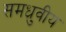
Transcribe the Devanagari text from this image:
समध्रुवीय